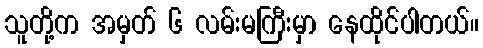
သူတို့က အမှတ် ၆ လမ်းမကြီးမှာ နေထိုင်ပါတယ်။